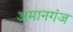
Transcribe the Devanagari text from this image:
अमानगंज